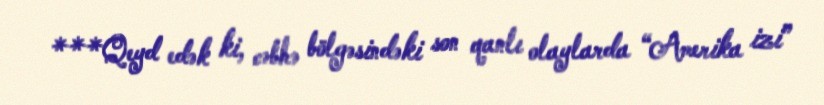
***Qeyd edək ki, cəbhə bölgəsindəki son qanlı olaylarda “Amerika izi”